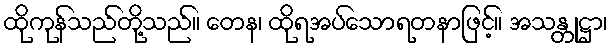
ထိုကုန်သည်တို့သည်။ တေန၊ ထိုရအပ်သောရတနာဖြင့်။ အသန္တုဋ္ဌာ၊